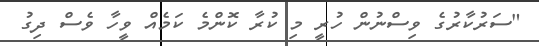
"ސަރުކާރުގެ ވިސްނުން ހުރީ މި ކުރާ ކޮންމެ ކަމެއް ވީހާ ވެސް ދިގު